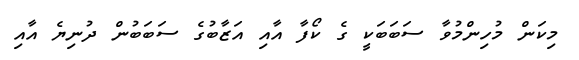
މިކަން މުހިންމުވާ ސަބަބަކީ ގެ ކޯފާ އާއި އަޒާބުގެ ސަބަބުން ދުނިޔެ އާއި